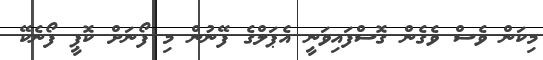
މިކަން ވެސް ވެގެން ގޮސްފައިވަނީ އެޕަލްގެ ފޭނުން މި ފޯނަށް ކޮޕީ ފޯނެކޭ